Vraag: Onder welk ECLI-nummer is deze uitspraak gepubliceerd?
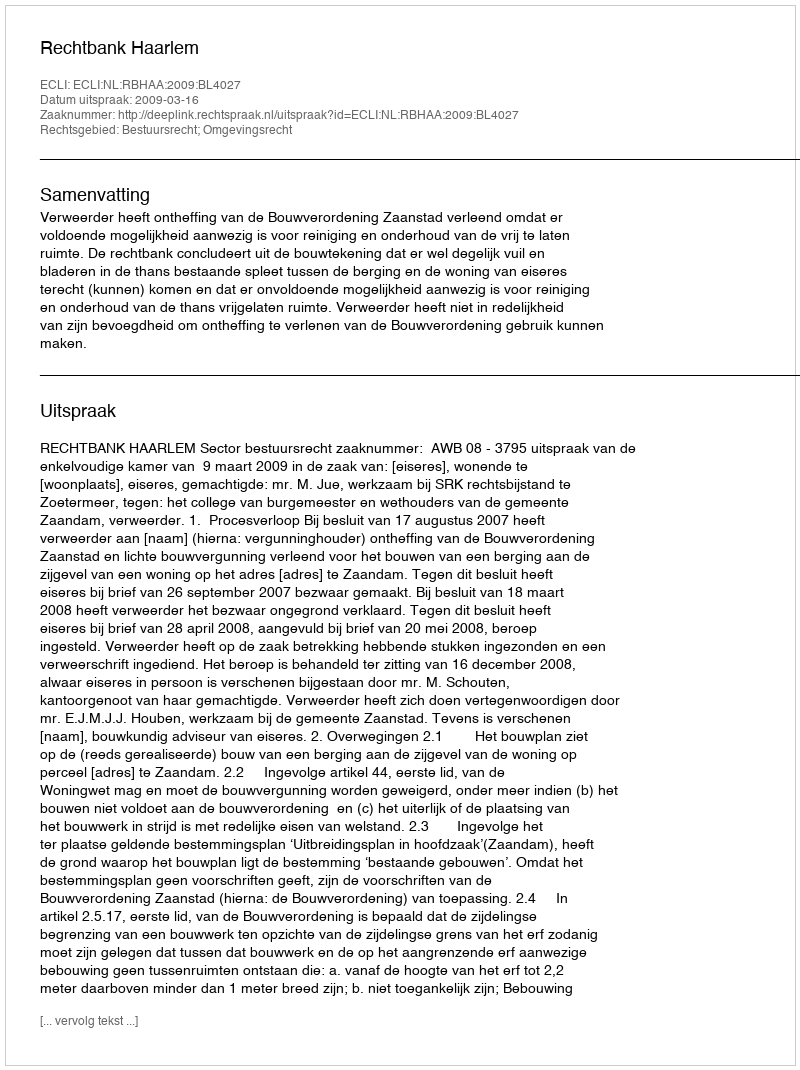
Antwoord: ECLI:NL:RBHAA:2009:BL4027